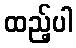
ထည့်ပါ